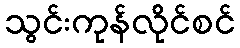
သွင်းကုန်လိုင်စင်